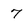
Character: 7